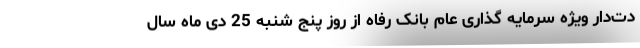
دت‌دار ویژه سرمایه گذاری عام بانک رفاه از روز پنج شنبه 25 دی ماه سال